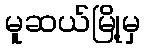
မူဆယ်မြို့မှ